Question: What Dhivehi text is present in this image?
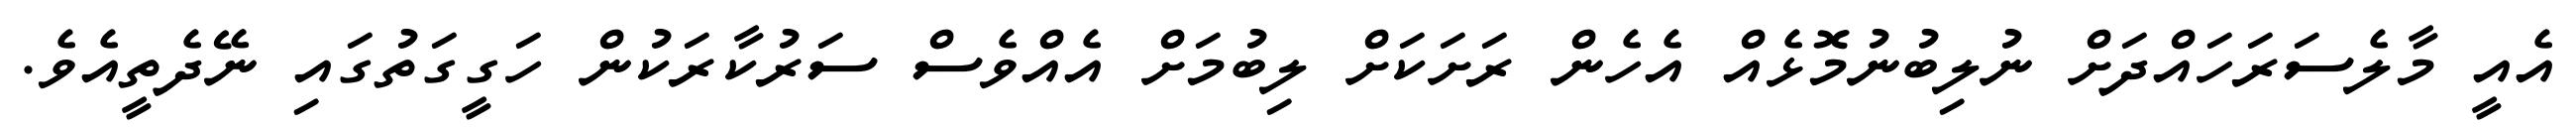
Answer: އެއީ މާލެސަރަހައްދަށް ނުލިބުނުމޮޅެއް އެހެން ރަށަކަށް ލިބުމަށް އެއްވެސް ސަރުކާރަކުން ހަގީގަތުގައި ނޭދެތީއެވެ.